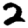
Digit: 2